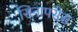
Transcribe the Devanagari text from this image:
सिनापसेस